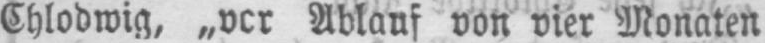
Ablauf von vier Monaten